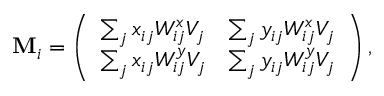
\mathbf { M } _ { i } = \left( \begin{array} { l l } { \sum _ { j } x _ { i j } W _ { i j } ^ { x } V _ { j } } & { \sum _ { j } y _ { i j } W _ { i j } ^ { x } V _ { j } } \\ { \sum _ { j } x _ { i j } W _ { i j } ^ { y } V _ { j } } & { \sum _ { j } y _ { i j } W _ { i j } ^ { y } V _ { j } } \end{array} \right) ,